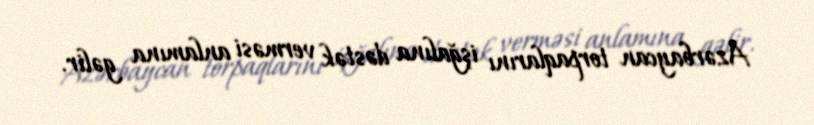
Azərbaycan torpaqlarını işğalına dəstək verməsi anlamına gəlir.